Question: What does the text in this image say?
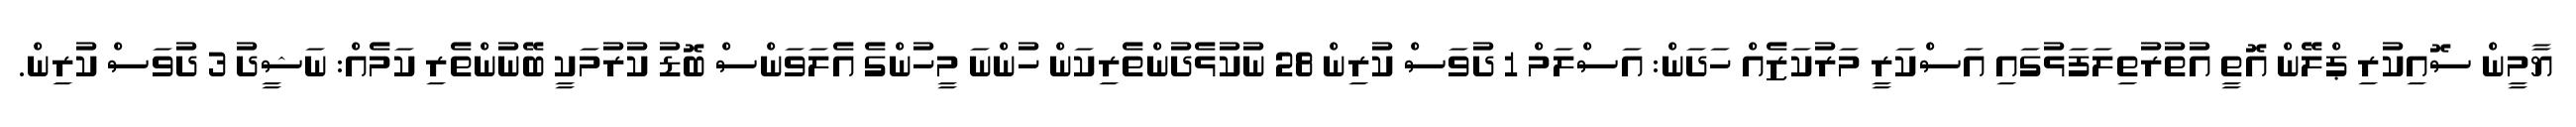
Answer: ޔާމީން ސޮއިކުރި ޕްލޭން އޮތީ އުތުރުތިލަފަޅުގައި އަސްކަރީ މަރުކަޒެއް ހަދަން: އަސްލަމް 1 ދުވަސް ކުރިން 28 ނުކުޅެދުންތެރިކަން ހުންނަ މީހުންގެ އެލަވަންސް ބޮޑު ކުރުމަކީ ބޭނުންތެރި ކަމެއް: ނަޝީދު 3 ދުވަސް ކުރިން.